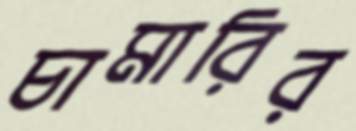
চামারির